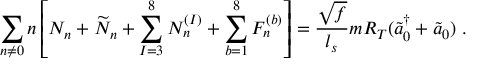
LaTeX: \sum _ { n \neq 0 } n \left[ N _ { n } + \widetilde { N } _ { n } + \sum _ { I = 3 } ^ { 8 } N _ { n } ^ { ( I ) } + \sum _ { b = 1 } ^ { 8 } F _ { n } ^ { ( b ) } \right] = \frac { \sqrt { f } } { l _ { s } } m R _ { T } ( \tilde { a } _ { 0 } ^ { \dagger } + \tilde { a } _ { 0 } ) ~ .